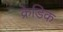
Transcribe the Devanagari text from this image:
क्रेडिक